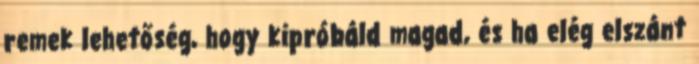
remek lehetőség, hogy kipróbáld magad, és ha elég elszánt